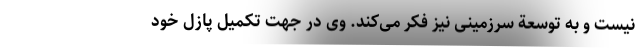
نیست و به توسعة سرزمینی نیز فکر می­کند. وی در جهت تکمیل پازل خود